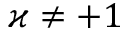
\varkappa \neq + 1